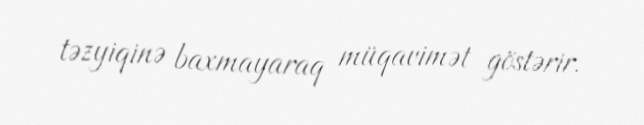
təzyiqinə baxmayaraq müqavimət göstərir.